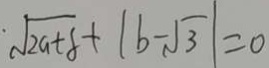
\cdot \sqrt { 2 a + 8 } + \vert b - \sqrt { 3 } \vert = 0